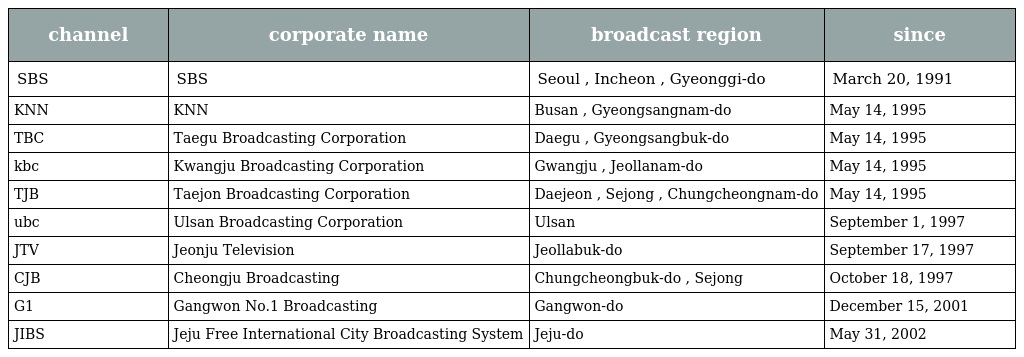
| channel | corporate name | broadcast region | since |
 | --- | --- | --- | --- |
 | SBS | SBS | Seoul , Incheon , Gyeonggi-do | March 20, 1991 |
 | KNN | KNN | Busan , Gyeongsangnam-do | May 14, 1995 |
 | TBC | Taegu Broadcasting Corporation | Daegu , Gyeongsangbuk-do | May 14, 1995 |
 | kbc | Kwangju Broadcasting Corporation | Gwangju , Jeollanam-do | May 14, 1995 |
 | TJB | Taejon Broadcasting Corporation | Daejeon , Sejong , Chungcheongnam-do | May 14, 1995 |
 | ubc | Ulsan Broadcasting Corporation | Ulsan | September 1, 1997 |
 | JTV | Jeonju Television | Jeollabuk-do | September 17, 1997 |
 | CJB | Cheongju Broadcasting | Chungcheongbuk-do , Sejong | October 18, 1997 |
 | G1 | Gangwon No.1 Broadcasting | Gangwon-do | December 15, 2001 |
 | JIBS | Jeju Free International City Broadcasting System | Jeju-do | May 31, 2002 |